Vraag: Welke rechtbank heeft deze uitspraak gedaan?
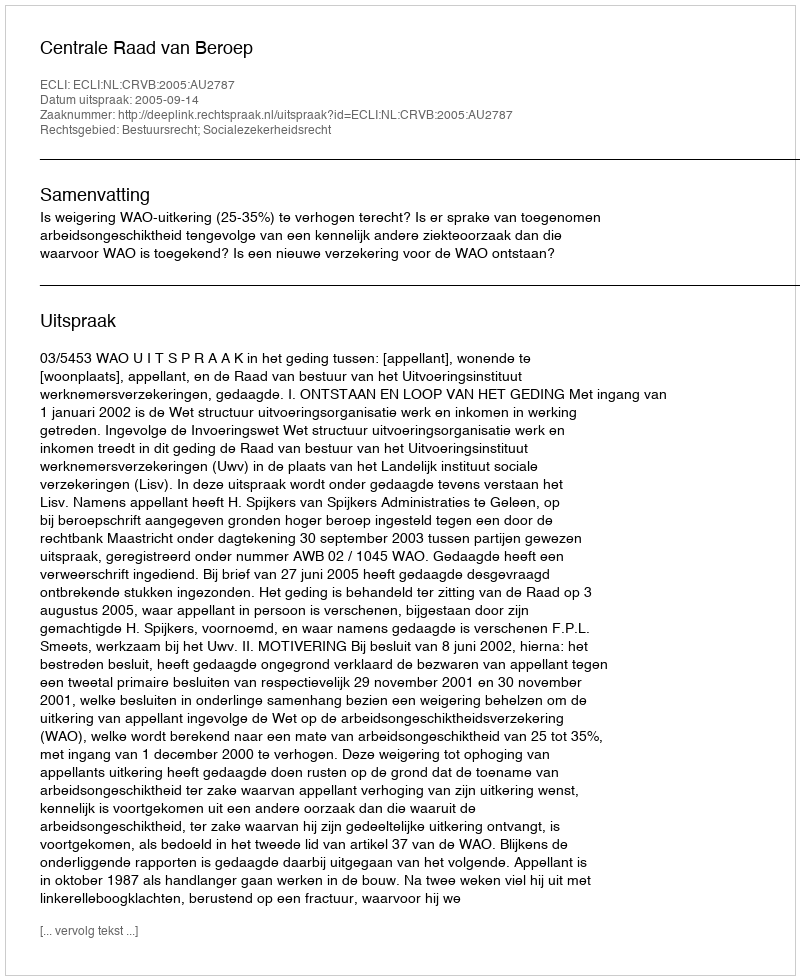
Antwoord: Centrale Raad van Beroep